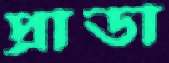
প্রাডা